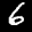
Label: 6